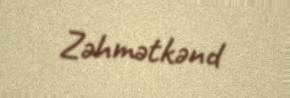
Zəhmətkənd